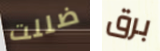
ضللت برق